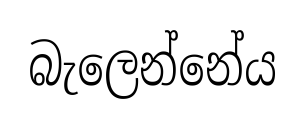
බැලෙන්නේය